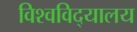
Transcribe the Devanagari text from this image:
विश्‍वविद्‍यालय